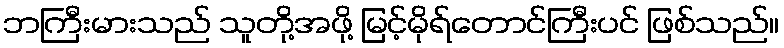
ဘကြီးမားသည် သူတို့အဖို့ မြင့်မိုရ်တောင်ကြီးပင် ဖြစ်သည်။